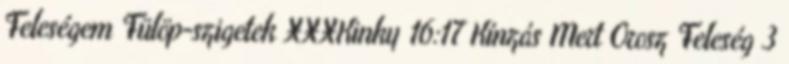
Feleségem Fülöp-szigetek XXXKinky 16:17 Kínzás Mert Orosz Feleség 3